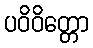
ပဝိဝိတ္တော